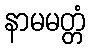
နာမမတ္တံ